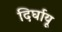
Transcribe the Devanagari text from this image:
दिर्घायू